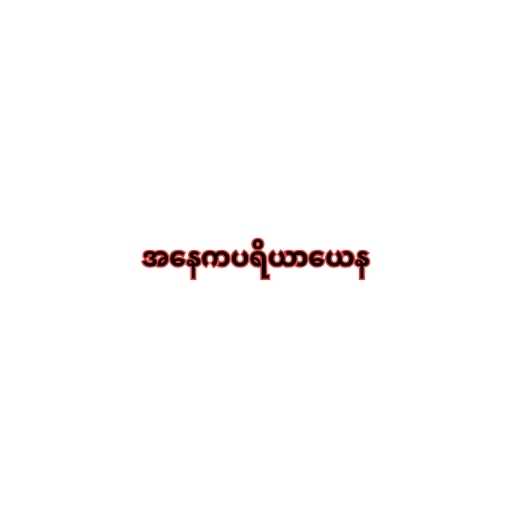
အနေကပရိယာယေန